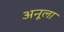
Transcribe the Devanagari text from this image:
अनूला